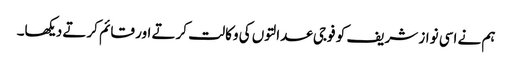
ہم نے اسی نواز شریف کو فوجی عدالتوں کی وکالت کرتے اور قائم کرتے دیکھا۔